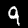
Digit: 9